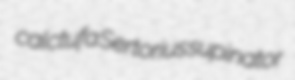
calctufa Sertorius supinator